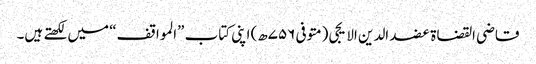
قاضی القضاة عضد الدین الایجی (متوفی ۷۵۶ھ) اپنی کتاب ”المواقف“ میں لکھتے ہیں۔